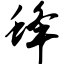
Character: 蜂